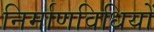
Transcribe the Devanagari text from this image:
निर्माणविधियों